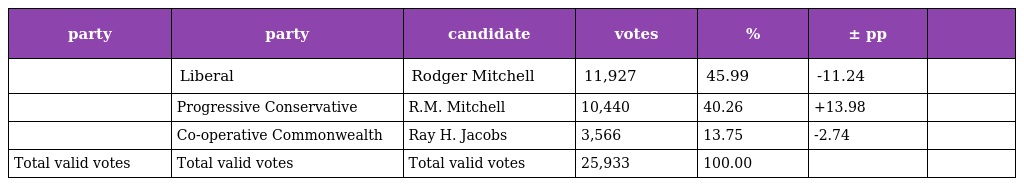
| party | party | candidate | votes | % | ± pp |  |
 | --- | --- | --- | --- | --- | --- | --- |
 |  | Liberal | Rodger Mitchell | 11,927 | 45.99 | -11.24 |  |
 |  | Progressive Conservative | R.M. Mitchell | 10,440 | 40.26 | +13.98 |  |
 |  | Co-operative Commonwealth | Ray H. Jacobs | 3,566 | 13.75 | -2.74 |  |
 | Total valid votes | Total valid votes | Total valid votes | 25,933 | 100.00 |  |  |